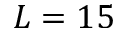
L = 1 5